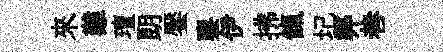
來難璮朗饜鑒伊拂餼圮弊巷